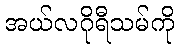
အယ်လဂိုရီသမ်ကို